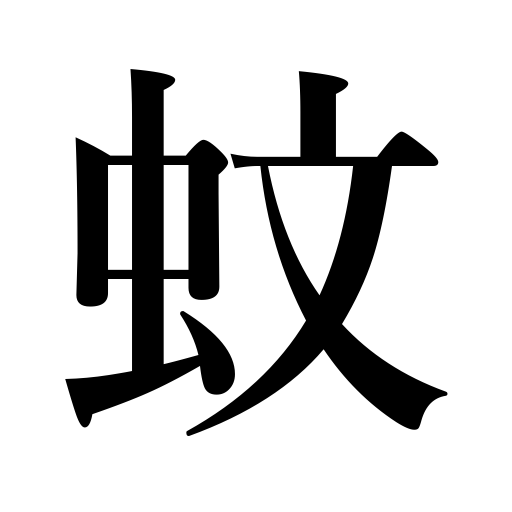
Meanings: mosquito